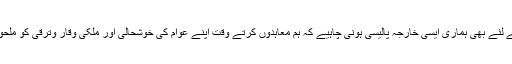
ملکی معیشت کے لئے بھی ہماری ایسی خارجہ پالیسی ہونی چاہیے کہ ہم معاہدوں کرتے وقت اپنے عوام کی خوشحالی اور ملکی وقار وترقی کو ملحوظ خاطر رکھیں۔